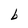
Character: b